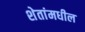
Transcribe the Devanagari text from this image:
शेतांमधील